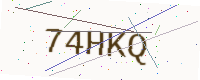
Text: 74HKQ